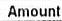
AMOUNT